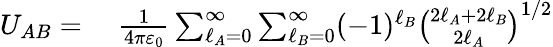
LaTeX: \begin{array}{rl}{U_{AB}={}}&{{}{\frac{1}{4\pi\varepsilon_{0}}}\sum_{\ell_{A}=0}^{\infty}\sum_{\ell_{B}=0}^{\infty}(-1)^{\ell_{B}}{\binom{2\ell_{A}+2\ell_{B}}{2\ell_{A}}}^{1/2}}\end{array}